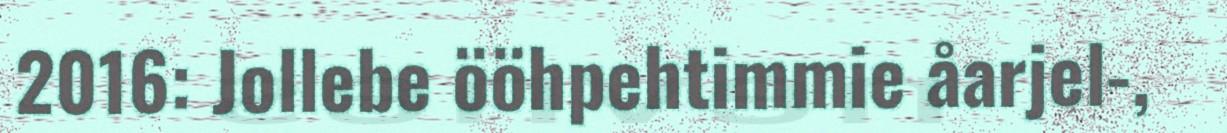
2016: Jollebe ööhpehtimmie åarjel-,